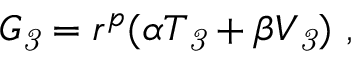
G _ { \it 3 } = r ^ { p } ( \alpha T _ { \it 3 } + \beta V _ { \it 3 } ) \ ,